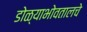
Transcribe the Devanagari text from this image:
डोळ्याभोवतालचे